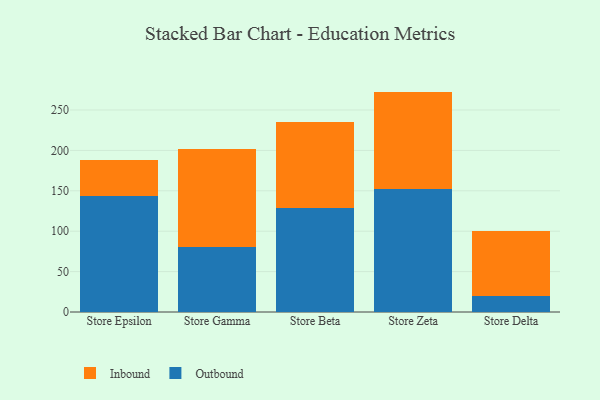
{"axis": {"x": "Store", "y": "Shipments"}, "legend": ["Inbound", "Outbound"], "data": [{"x": "Store Epsilon", "y": 143.9, "type": "Outbound"}, {"x": "Store Epsilon", "y": 44.7, "type": "Inbound"}, {"x": "Store Gamma", "y": 80.4, "type": "Outbound"}, {"x": "Store Gamma", "y": 121.6, "type": "Inbound"}, {"x": "Store Beta", "y": 129.1, "type": "Outbound"}, {"x": "Store Beta", "y": 106.1, "type": "Inbound"}, {"x": "Store Zeta", "y": 152.7, "type": "Outbound"}, {"x": "Store Zeta", "y": 120.1, "type": "Inbound"}, {"x": "Store Delta", "y": 20.4, "type": "Outbound"}, {"x": "Store Delta", "y": 79.5, "type": "Inbound"}]}